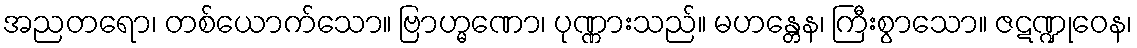
အညတရော၊ တစ်ယောက်သော။ ဗြာဟ္မဏော၊ ပုဏ္ဏားသည်။ မဟန္တေန၊ ကြီးစွာသော။ ဇဋဏ္ဍုဝေန၊